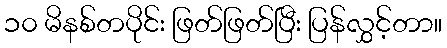
၁၀ မိနစ်တပိုင်း ဖြတ်ဖြတ်ပြီး ပြန်လွှင့်တာ။